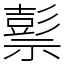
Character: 𥛱